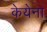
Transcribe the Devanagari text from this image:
केयेना